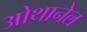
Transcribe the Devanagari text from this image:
ओथानेल